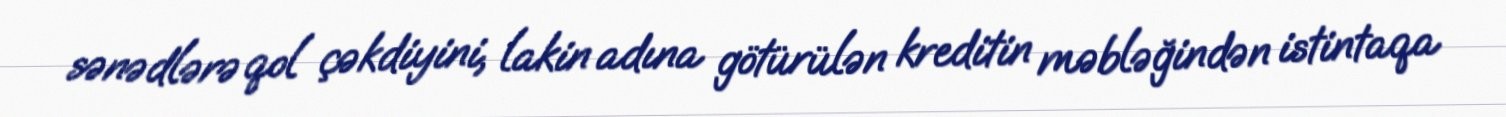
sənədlərə qol çəkdiyini, lakin adına götürülən kreditin məbləğindən istintaqa